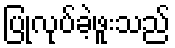
ပြုလုပ်ခဲ့ဖူးသည်